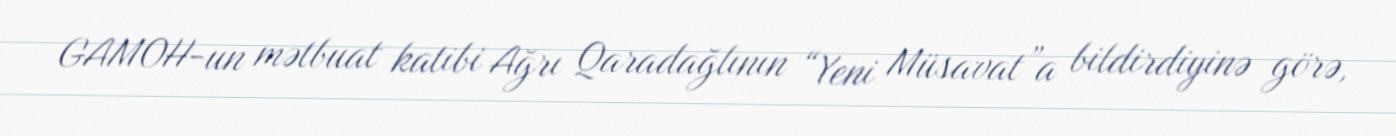
GAMOH-un mətbuat katibi Ağrı Qaradağlının “Yeni Müsavat”a bildirdiyinə görə,